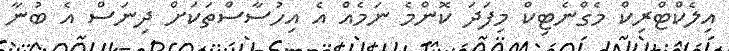
އިލެކްޓްރިކް މެގްނެޓިކް މިފަދަ ކޮންމެ ނަމެއް އެ އިހުސާސްތަކަށް ދިނަސް އެ ބުނާ